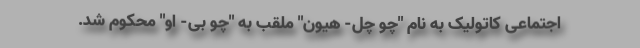
اجتماعی کاتولیک به نام "چو چل- هیون" ملقب به "چو بی- او" محکوم شد.